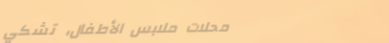
محلات ملابس الأطفال، تشكي